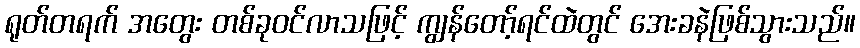
ရုတ်တရက် အတွေး တစ်ခုဝင်လာသဖြင့် ကျွန်တော့်ရင်ထဲတွင် အေးခနဲဖြစ်သွားသည်။